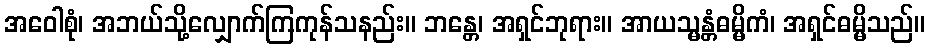
အဝေါစုံ၊ အဘယ်သို့လျှောက်ကြကုန်သနည်း။ ဘန္တေ၊ အရှင်ဘုရား။ အာယသ္မန္တံဓမ္မိကံ၊ အရှင်ဓမ္မိသည်။